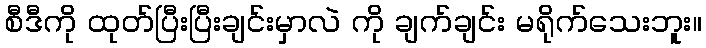
စီဒီကို ထုတ်ပြီးပြီးချင်းမှာလဲ ကို ချက်ချင်း မရိုက်သေးဘူး။